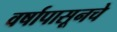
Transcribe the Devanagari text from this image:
वर्षापासूनचे